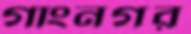
গাংনগর